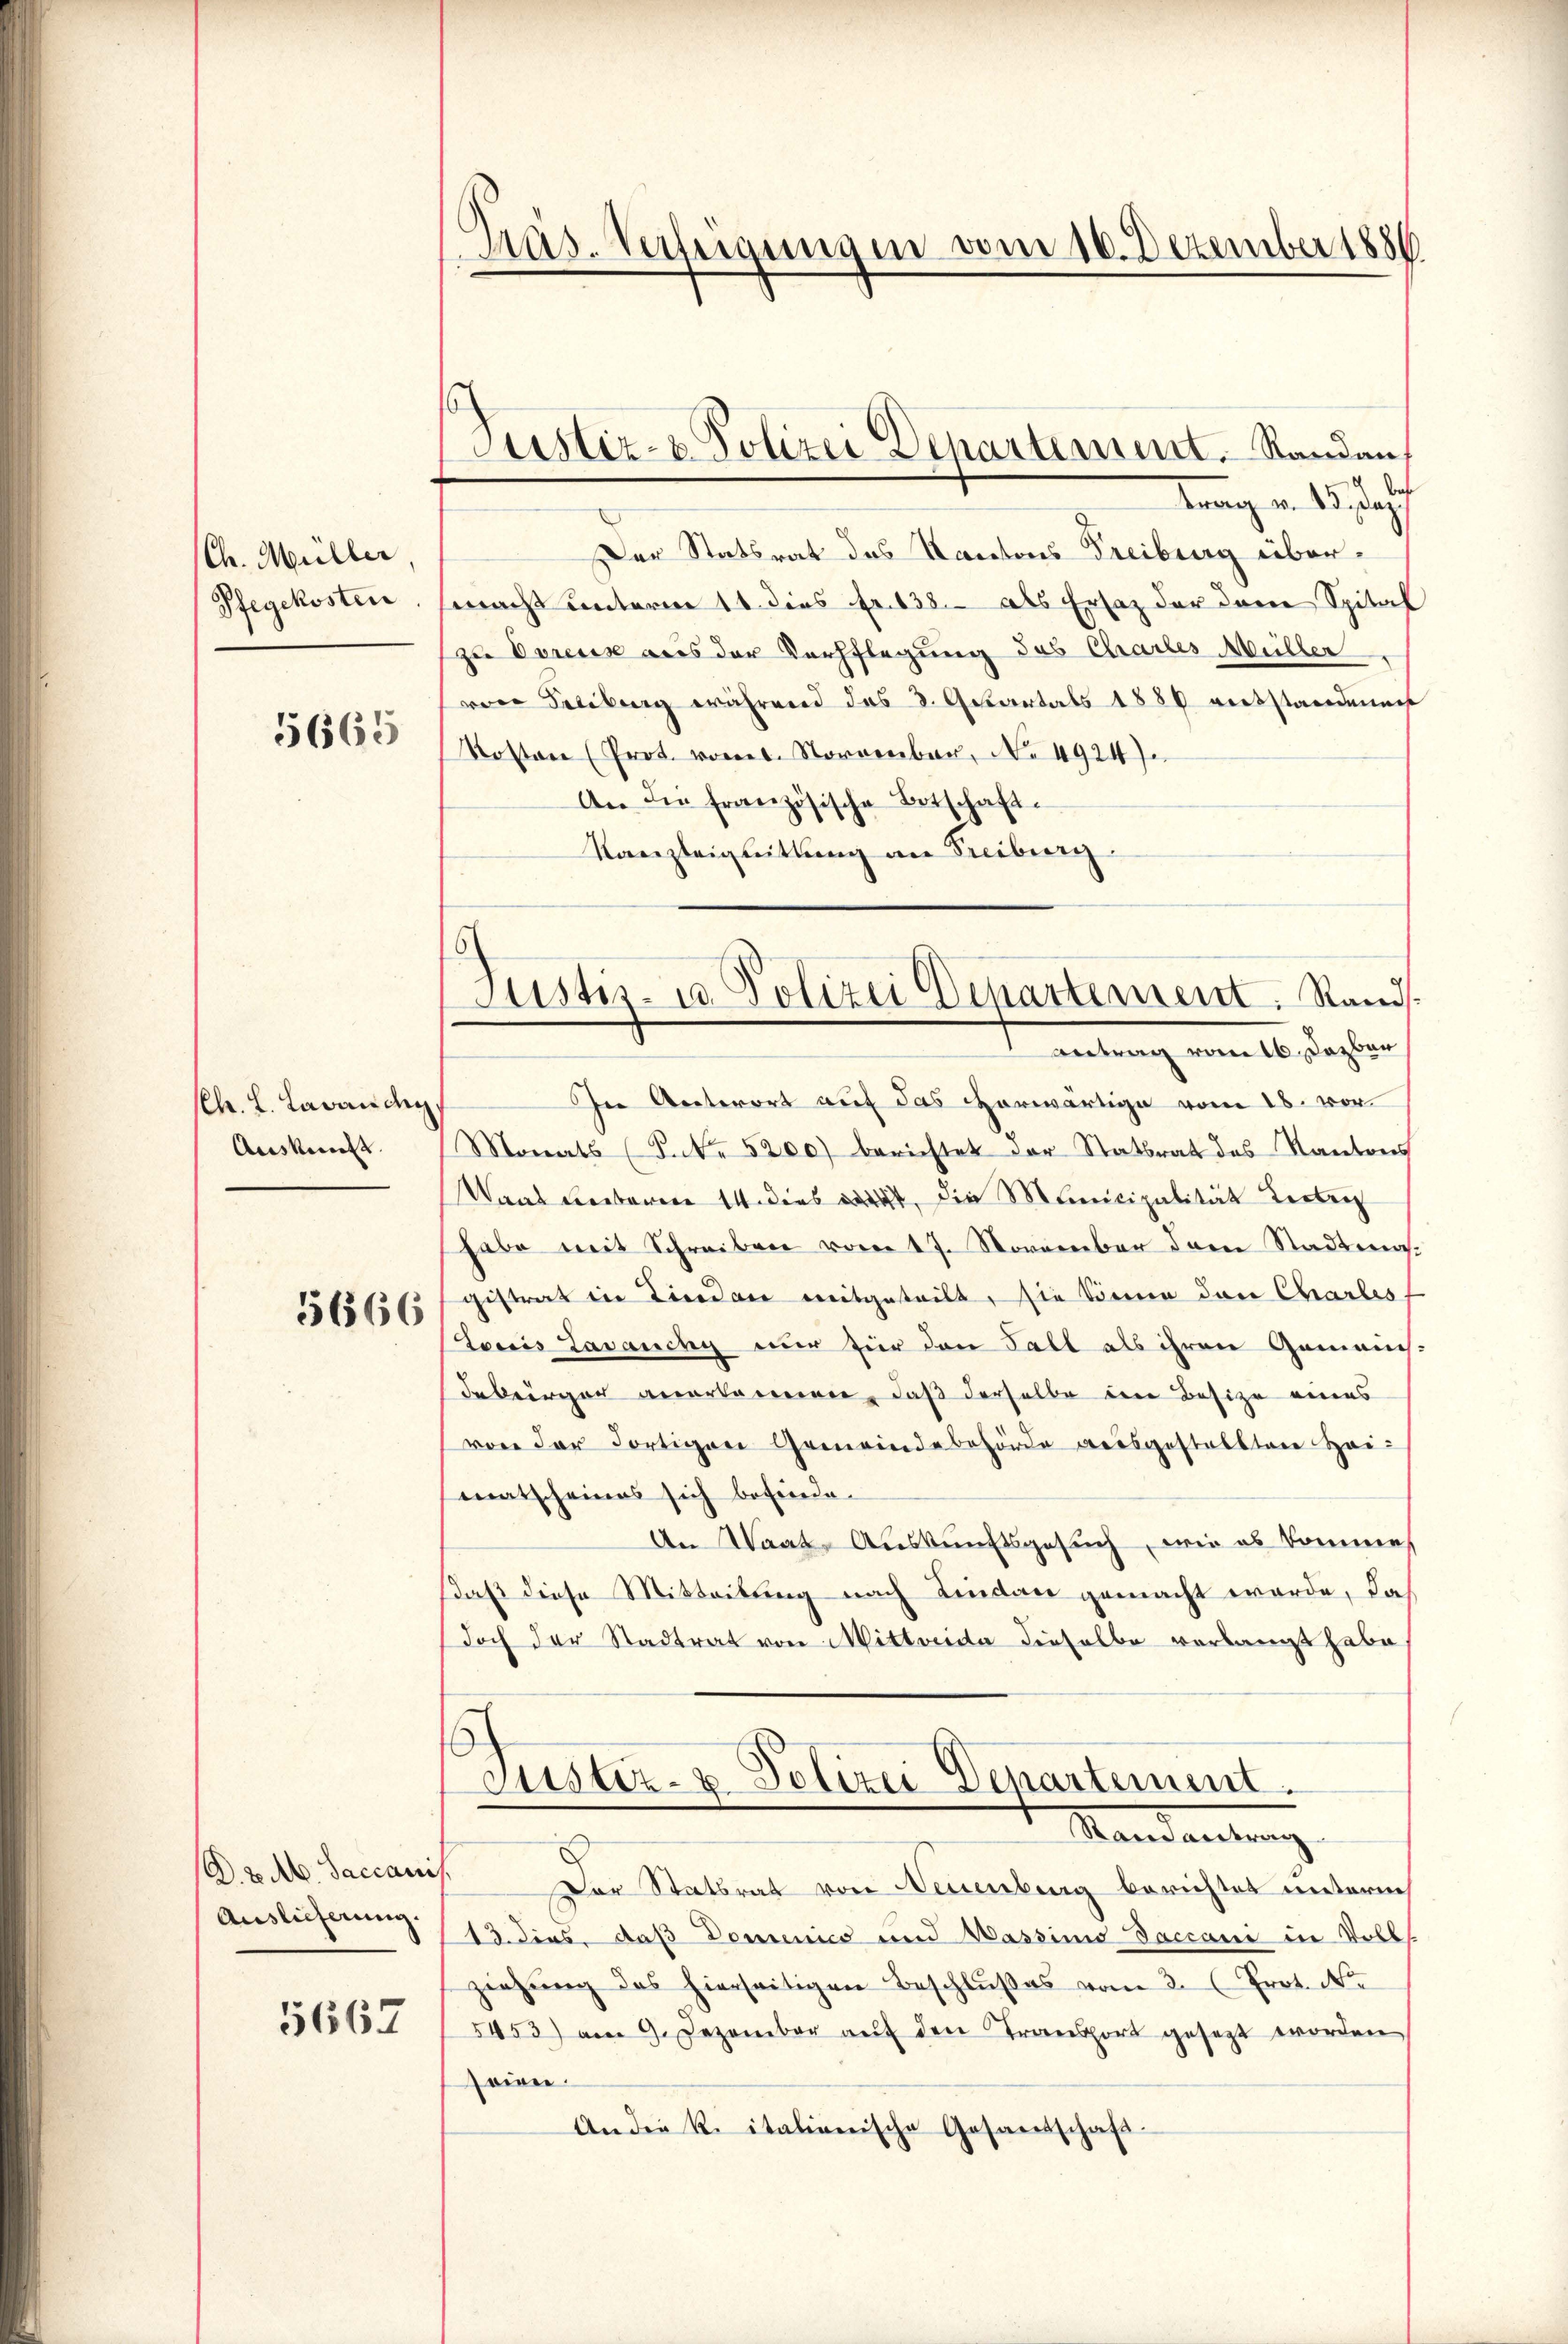
Ch. Müller
Pfegekosten

5665

(Ch. L. Lavanchy
Auskunft.

5666

D. 2. Ab. Saccanis
Auslieferung.

5667

Pras. Verhausen vom 16. Dezember 1886

Justiz- & Polizei Departement. Standen,

Franz v. 15. Jahr
Der Statsrat des Kantons Freiburg übermacht unterm 11. dies Fr. 138. als Ersatz der dann Spital
zu Vereis aus der Verpflegung des Chartes Müller
von Freibung während das 3. Getartals 1886 vertstanden
Kosten (Prot. vom 1. Nornenbar, No. 4924.
An die französische Betschaft.
Kanzleignittung an Freiburg.
Ine Unterort auf das vorwärtige vom 18. vor.
Monats (S. Nr. 5200) berichtet der Statsrat des Kantons
Waas Leeborene 14 dens weit, die Municipalität verlang
habe mit Schreiben vom 17. November dem Stadtmagistrat in Lindau mitgeteilt, sie könne den Charles
Loris Tavancy nur zur den Fall als ihren Gemains
debürger anerkammen, daß derselbe den Besize eines
von der Fortigen Gemeindebehörde ausgestellten Hai-
matscheines sich befinde.
An Waate Auskunftsgesuch, wie es kommen
daß diese Mitteilung nach Lindare gemacht werde, das
doch der Stadtrat von Mittwende dieselbe verlangt habe
Justiz- & Polizei Departement.
Mandantung
Der Statsrat von Neuenburg berichtet unterm
13. dies, daß Domenico und Wassimis Jaccane in Volls
ziehŭng des hierseitigen Beschlŭβes vom 2. Prot. No
5453) am 9. Dezember aŭf den Transport gesezt worden
soien
Ander R. italienische Gesandschaft.

Justiz- u. Polizei Departement. Rand.
Antrag vom 16. Dezbr